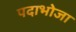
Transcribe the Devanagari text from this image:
पदाभोजा